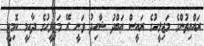
ރައްޔިތުންގެ މަޖިލީހުގެ ރައީސް ޢަބްދު ޝާހިދު ވަނީ ރޭ މަޖިލީހުގެ ދާއިމީ ކޮމިޓީ